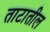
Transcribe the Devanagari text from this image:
ताटातील